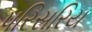
પરિસરિય